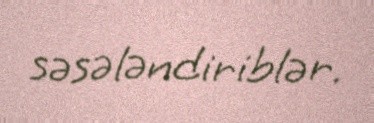
səsələndiriblər.